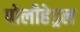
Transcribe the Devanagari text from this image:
पोलीहेड्रल